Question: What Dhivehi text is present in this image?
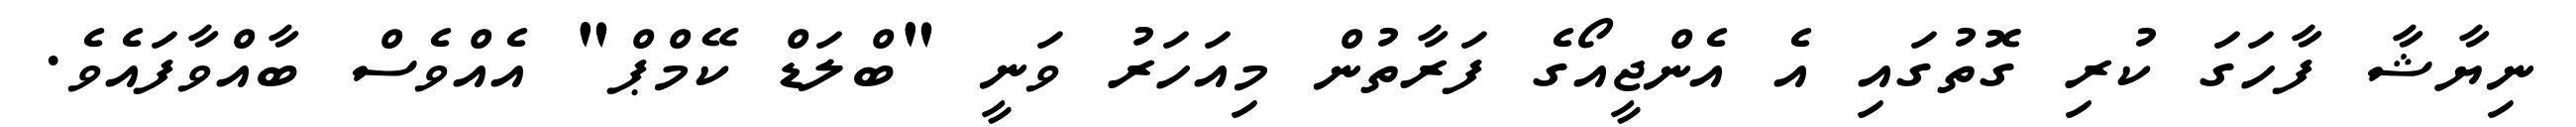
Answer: ނިޔާޝާ ފާހަގަ ކުރި ގޮތުގައި އެ އެންޖީއޯގެ ފަރާތުން މިއަހަރު ވަނީ "ބްލަޑް ކޭމްޕް" އެއްވެސް ބާއްވާފައެވެ.